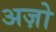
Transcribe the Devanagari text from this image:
अज़ो